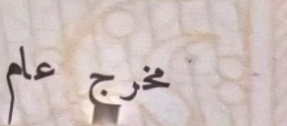
مخرج عام